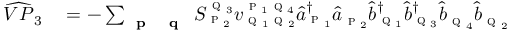
\begin{array} { r l } { \widehat { V P } _ { 3 } } & { { } = - \sum _ { \textbf { \textsc { p } } \textbf { \textsc { q } } } S _ { \textsc { p } _ { 2 } } ^ { \textsc { q } _ { 3 } } { v } _ { \textsc { q } _ { 1 } \textsc { q } _ { 2 } } ^ { \textsc { p } _ { 1 } \textsc { q } _ { 4 } } \hat { a } _ { \textsc { p } _ { 1 } } ^ { \dagger } \hat { a } _ { \textsc { p } _ { 2 } } \hat { b } _ { \textsc { q } _ { 1 } } ^ { \dagger } \hat { b } _ { \textsc { q } _ { 3 } } ^ { \dagger } \hat { b } _ { \textsc { q } _ { 4 } } \hat { b } _ { \textsc { q } _ { 2 } } } \end{array}